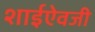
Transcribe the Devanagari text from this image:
शाईऐवजी